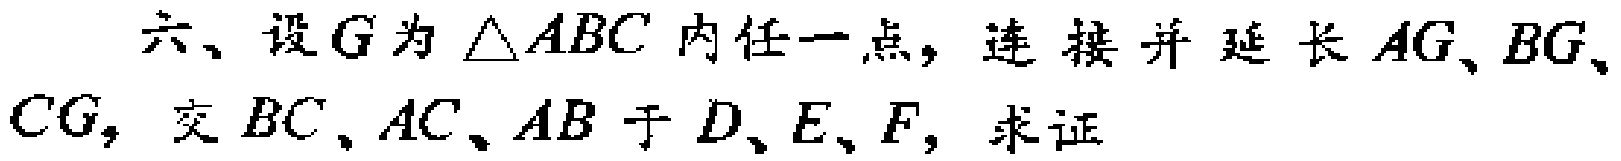
六、设\(G\)为\(\triangle ABC\)内任一点，连接并延长\(AG\)、\(BG\)、\(CG\)，交\(BC\)、\(AC\)、\(AB\)于\(D\)、\(E\)、\(F\)，求证